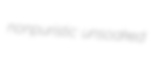
nonpuristic unsoaked